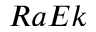
R a E k